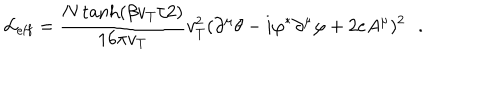
LaTeX: { \cal L } _ { \mathrm { e f f } } = \frac { N \tanh ( \beta v _ { T } / 2 ) } { 1 6 \pi v _ { T } } v _ { T } ^ { 2 } ( \partial ^ { \mu } \theta - i \varphi ^ { * } \partial ^ { \mu } \varphi + 2 e A ^ { \mu } ) ^ { 2 } \, \, \, \, .